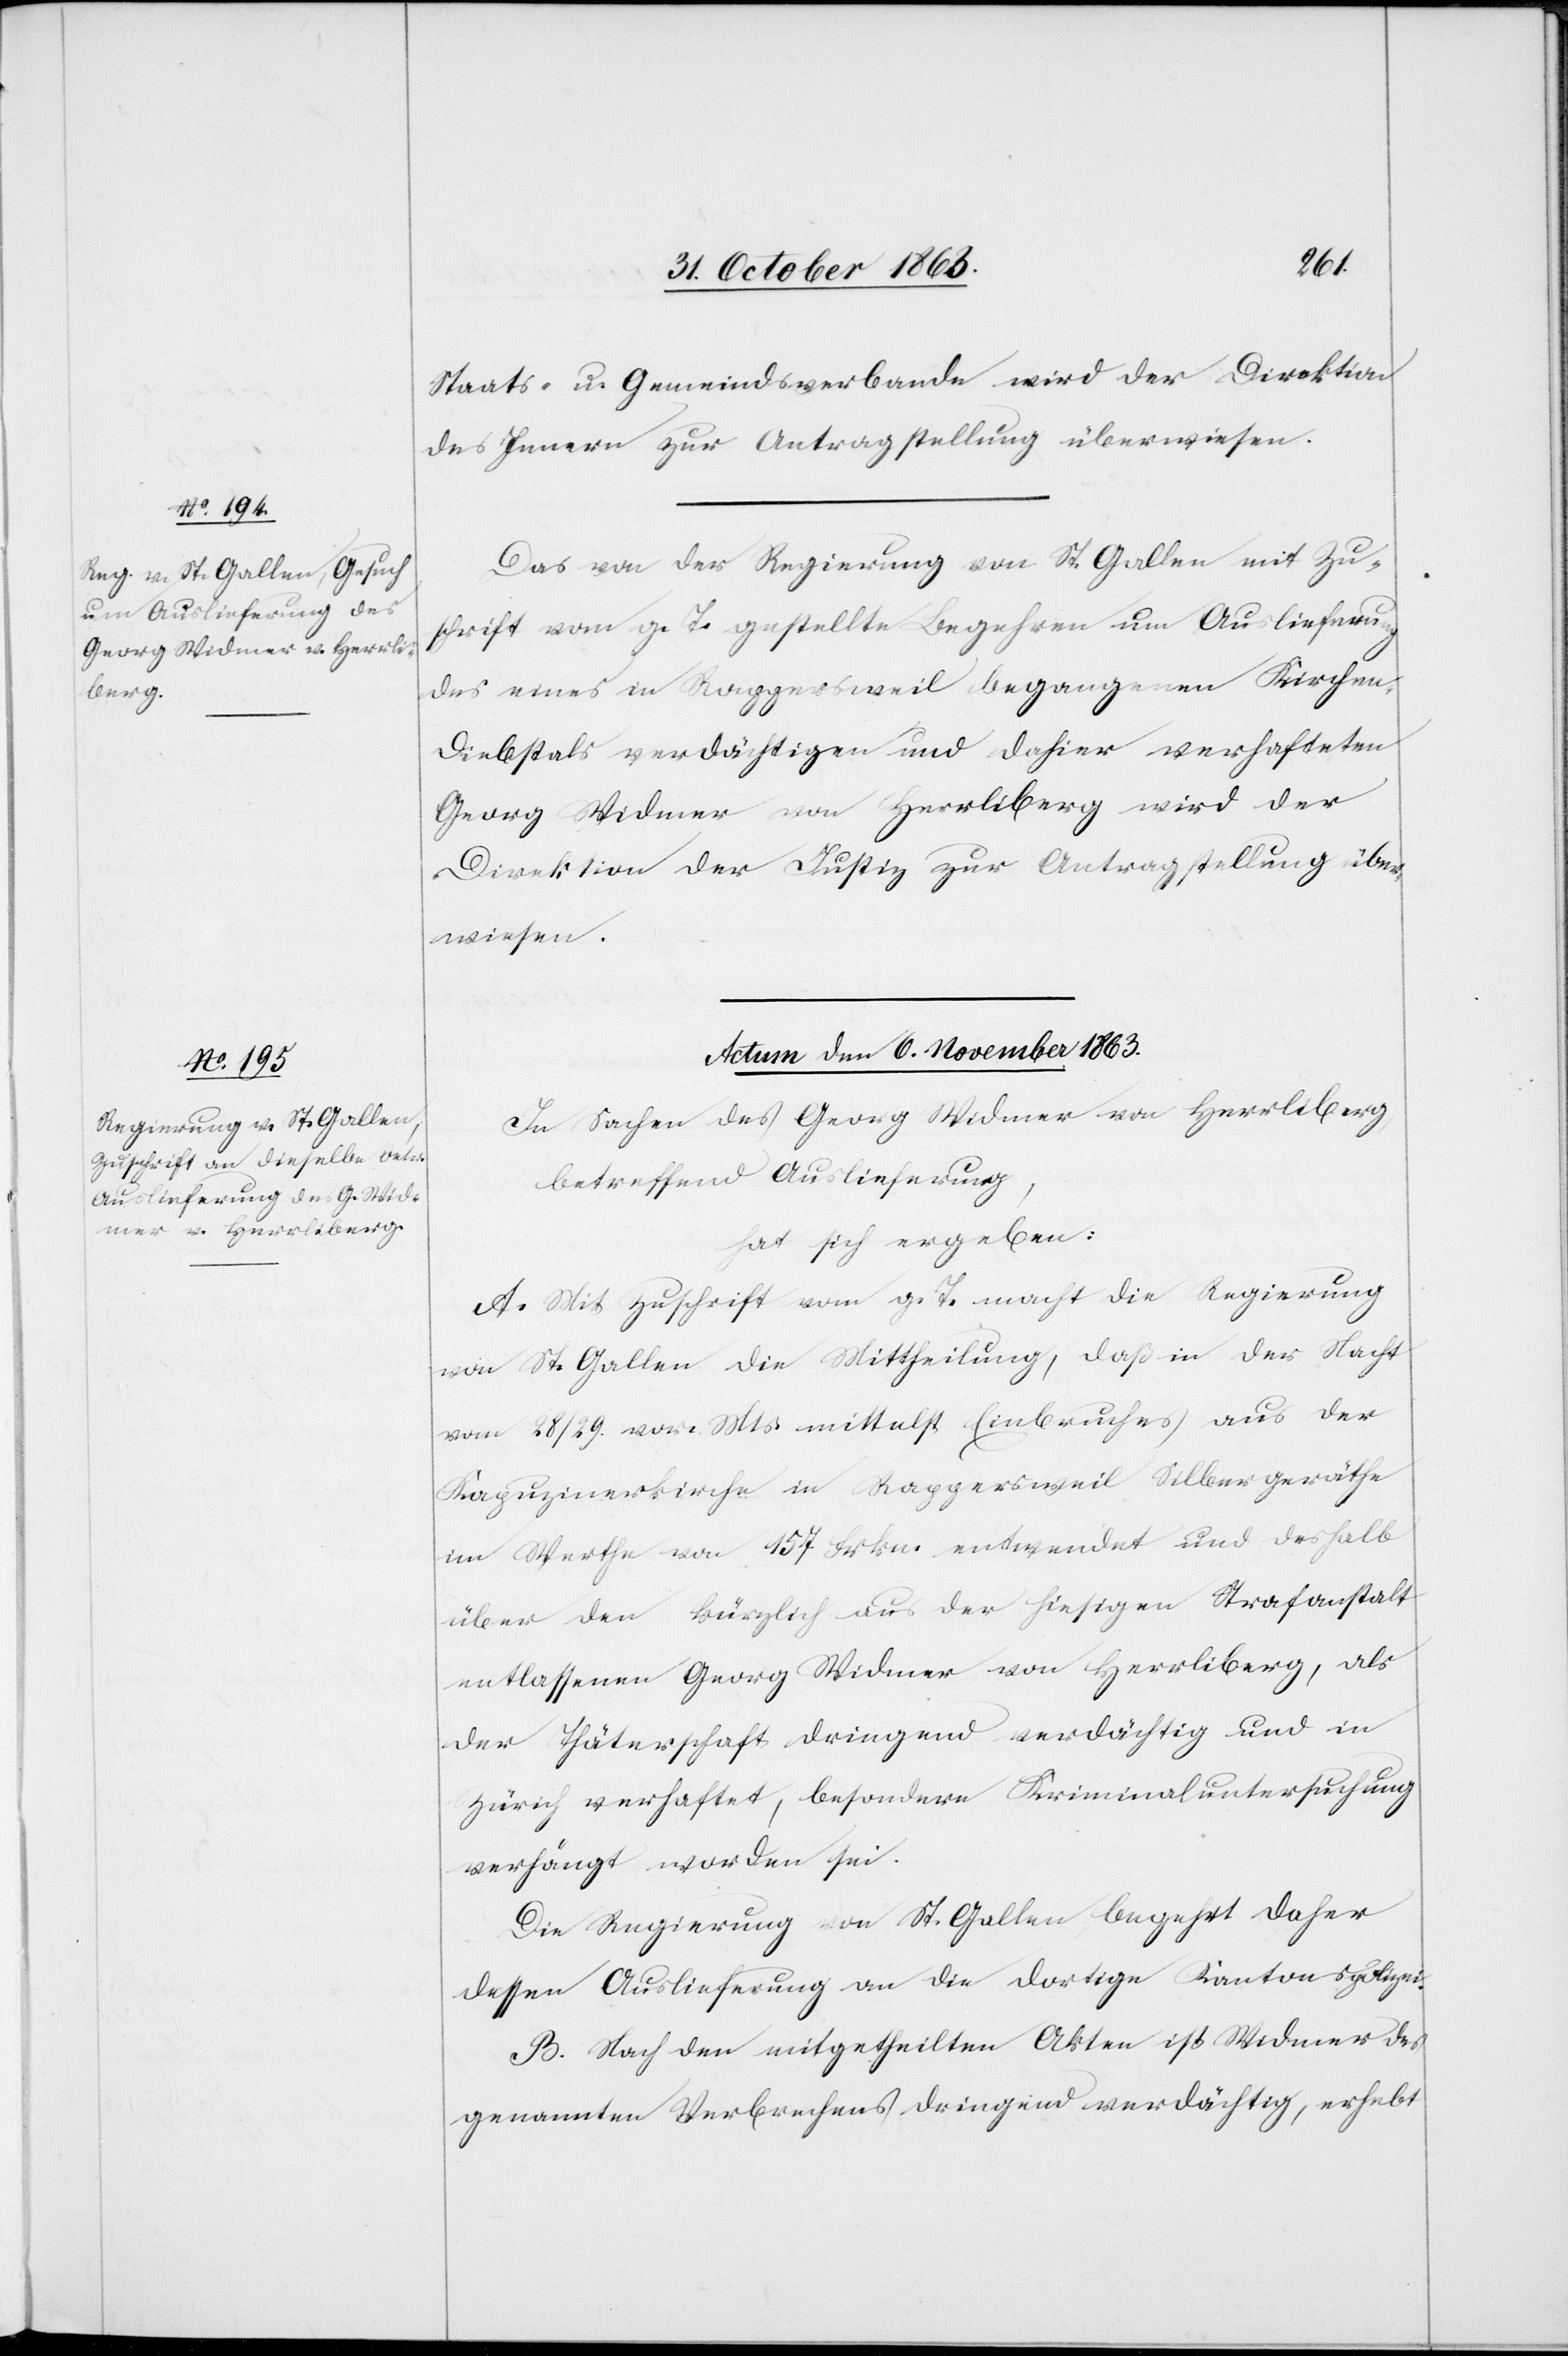
Staats- u. Gemeindsverbande wird der Direktion
des Innern zur Antragstellung überwiesen.
Das von der Regierung von St. Gallen mit Zu¬
schrift vom g. T. gestellte Begehren um Auslieferung
des eines in Rappersweil begangenen Kirchen¬
diebstals verdächtigen und dahier verhafteten
Georg Widmer von Herrliberg wird der
Direktion der Justiz zur Antragstellung über¬
wiesen.
Actum den 6. November 1863.
In Sachen des Georg Widmer von Herrliberg,
betreffend Auslieferung,
hat sich ergeben:
A. Mit Zuschrift vom g. T. macht die Regierung
von St. Gallen die Mittheilung, daß in der Nacht
vom 28/29. vor. Mts. mittelst Einbruches aus der
Kapuzinerkirche in Rappersweil Silbergeräthe
im Werthe von 157 Frkn. entwendet und deshalb
über den kürzlich aus der hiesigen Strafanstalt
entlassenen Georg Widmer von Herrliberg, als
der Thäterschaft dringend verdächtig und in
Zürich verhaftet, besondere Kriminaluntersuchung
verhängt worden sei.
Die Regierung von St. Gallen begehrt daher
dessen Auslieferung an die dortige Kantonspolizei.
B. Nach den mitgetheilten Akten ist Widmer des
genannten Verbrechens dringend verdächtig, erhebt